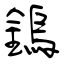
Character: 鎢